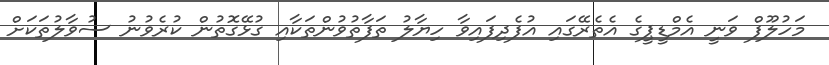
މަހުލޫފް ވަނީ އެމްޑީޕީގެ އެތެރޭގައި އުފެދިފައިވާ ހިޔާލު ތަފާތުވުންތަކާއި ގުޅޭގޮތުން ކުރެވުނު ސުވާލުތަކަށް